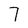
Character: 7